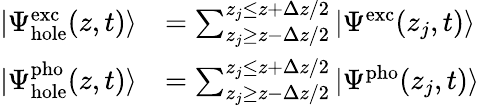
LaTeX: \begin{array}{rl}{|\Psi_{\mathrm{hole}}^{\mathrm{exc}}(z,t)\rangle}&{=\sum_{z_{j}\ge z-\Delta z/2}^{z_{j}\le z+\Delta z/2}|\Psi^{\mathrm{exc}}(z_{j},t)\rangle}\\ {|\Psi_{\mathrm{hole}}^{\mathrm{pho}}(z,t)\rangle}&{=\sum_{z_{j}\ge z-\Delta z/2}^{z_{j}\le z+\Delta z/2}|\Psi^{\mathrm{pho}}(z_{j},t)\rangle}\end{array}